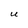
Character: U